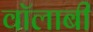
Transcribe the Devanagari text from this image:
वॉलाबी